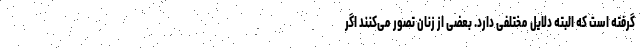
گرفته است که البته دلایل مختلفی دارد. بعضی از زنان تصور می‌کنند اگر